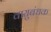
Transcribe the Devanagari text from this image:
वायुबंधक